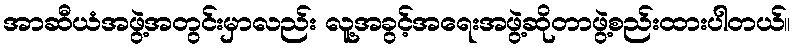
အာဆီယံအဖွဲ့အတွင်းမှာလည်း လူ့အခွင့်အရေးအဖွဲ့ဆိုတာဖွဲ့စည်းထားပါတယ်။